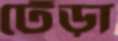
ঢেঁড়া